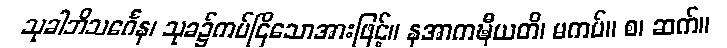
သုခါဘိသင်္ဂေန၊ သုခ၌ကပ်ငြိသောအားဖြင့်။ နအာကဍ္ဎီယတိ၊ မကပ်။ စ၊ ဆက်။